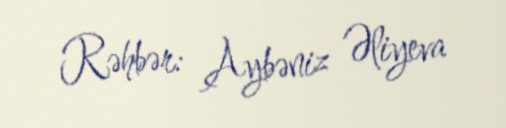
Rəhbər: Aybəniz Əliyeva